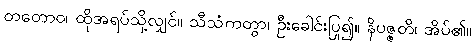
တတောဝ၊ ထိုအရပ်သို့လျှင်။ သီသံကတွာ၊ ဦးခေါင်းပြု၍။ နိပဇ္ဇတိ၊ အိပ်၏။